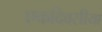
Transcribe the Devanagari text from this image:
एकदिवसीया